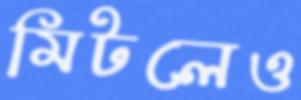
মিটলেও